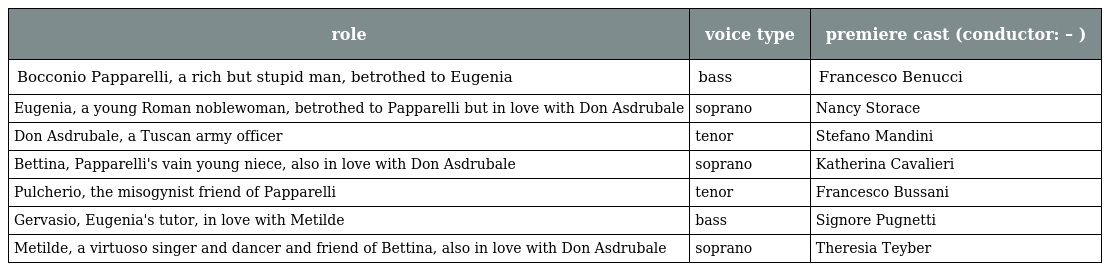
| role | voice type | premiere cast (conductor: – ) |
 | --- | --- | --- |
 | Bocconio Papparelli, a rich but stupid man, betrothed to Eugenia | bass | Francesco Benucci |
 | Eugenia, a young Roman noblewoman, betrothed to Papparelli but in love with Don Asdrubale | soprano | Nancy Storace |
 | Don Asdrubale, a Tuscan army officer | tenor | Stefano Mandini |
 | Bettina, Papparelli's vain young niece, also in love with Don Asdrubale | soprano | Katherina Cavalieri |
 | Pulcherio, the misogynist friend of Papparelli | tenor | Francesco Bussani |
 | Gervasio, Eugenia's tutor, in love with Metilde | bass | Signore Pugnetti |
 | Metilde, a virtuoso singer and dancer and friend of Bettina, also in love with Don Asdrubale | soprano | Theresia Teyber |